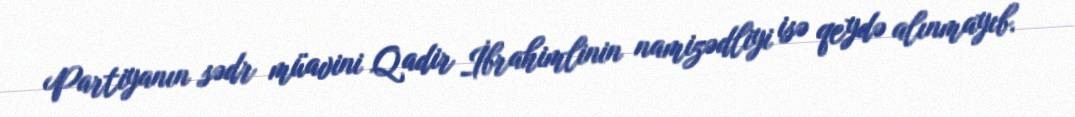
Partiyanın sədr müavini Qadir İbrahimlinin namizədliyi isə qeydə alınmayıb.